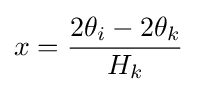
x={\frac {2\theta _{i}-2\theta _{k}}{H_{k}}}